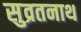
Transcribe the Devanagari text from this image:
सुव्रतनाथ